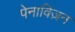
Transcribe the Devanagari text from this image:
पेनाविज़न